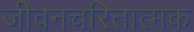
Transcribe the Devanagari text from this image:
जीवनचरितात्मक